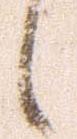
候